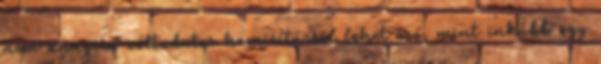
nem annyira céltudatos hamisításról lehet szó, mint inkább egy